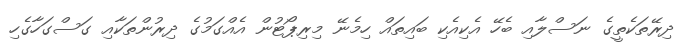
ދިރޭތަކެތީގެ ނަސްލާއި ބެހޭ އެކިއެކި ބައިތައް ހިމެނޭ މިރިޕޯޓުން އެއްގަމުގެ ދިރުންތަކާއި ގަސްގަހާގެހި